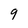
Character: 9